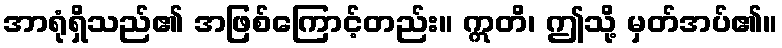
အာရုံရှိသည်၏ အဖြစ်ကြောင့်တည်း။ ဣတိ၊ ဤသို့ မှတ်အပ်၏။